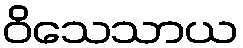
ဝိသေသာယ